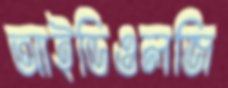
আইডিওলজি